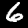
Label: 6